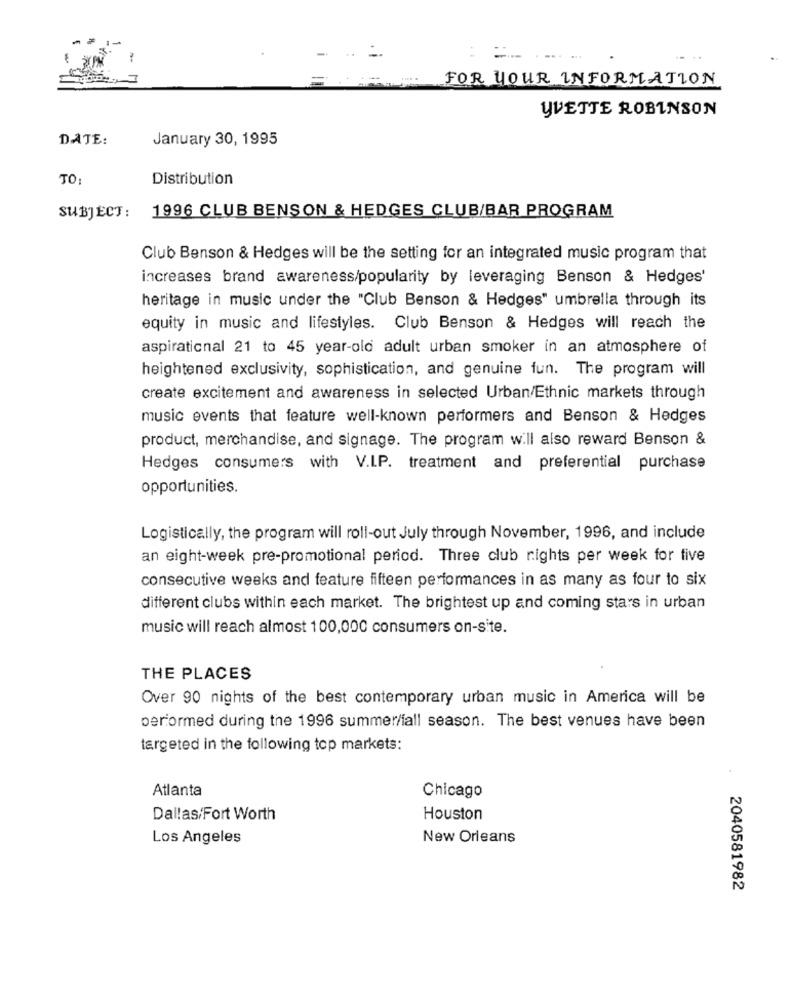
=
FOR YOUR INFORMATION
YVETTE ROBINSON
DATE:
January 30, 1995
TO:
Distribution
SUBJECT :
1996 CLUB BENSON & HEDGES CLUB/BAR PROGRAM
Club Benson & Hedges will be the setting for an integrated music program that
increases brand awareness/popularity by leveraging Benson & Hedges'
heritage in music under the "Club Benson & Hedges" umbrella through its
equity in music and lifestyles. Club Benson & Hedges will reach the
aspirational 21 to 45 year-old adult urban smoker in an atmosphere of
heightened exclusivity, sophistication, and genuine fun. The program will
create excitement and awareness in selected Urban/Ethnic markets through
music events that feature well-known performers and Benson & Hedges
product, merchandise, and signage. The program will also reward Benson &
Hedges consumers with V.I.P. treatment and preferential purchase
opportunities.
Logistically, the program will roll-out July through November, 1996, and include
an eight-week pre-promotional period. Three club rights per week for five
consecutive weeks and feature fifteen performances in as many as four to six
different clubs within each market. The brightest up and coming stars in urban
music will reach almost 100,000 consumers on-site.
THE PLACES
Over 90 nights of the best contemporary urban music in America will be
performed during the 1996 summer/fall season. The best venues have been
targeted in the following top markets:
Atlanta
Chicago
Dallas/Fort Worth
Houston
Los Angeles
New Orleans
2040581982